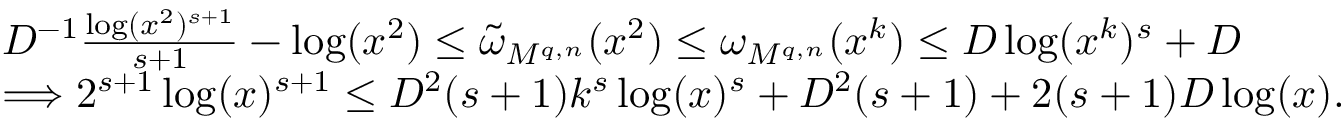
\begin{array} { r l } & { D ^ { - 1 } \frac { \log ( x ^ { 2 } ) ^ { s + 1 } } { s + 1 } - \log ( x ^ { 2 } ) \le \widetilde { \omega } _ { M ^ { q , n } } ( x ^ { 2 } ) \le \omega _ { M ^ { q , n } } ( x ^ { k } ) \le D \log ( x ^ { k } ) ^ { s } + D } \\ & { \Longrightarrow 2 ^ { s + 1 } \log ( x ) ^ { s + 1 } \le D ^ { 2 } ( s + 1 ) k ^ { s } \log ( x ) ^ { s } + D ^ { 2 } ( s + 1 ) + 2 ( s + 1 ) D \log ( x ) . } \end{array}